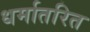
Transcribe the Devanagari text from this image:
धर्मातरित